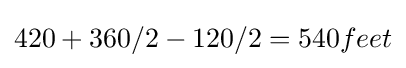
420+360/2-120/2=540feet